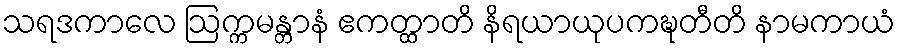
သရဒကာလေ ဩက္ကမန္တာနံ ဧကတ္ထာတိ နိရယာယုပကဍ္ဎတီတိ နာမကာယံ